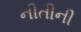
નીતીની